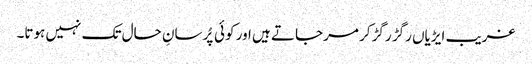
غریب ایڑیاں رگڑ رگڑ کر مرجاتے ہیں اور کوئی پُرسانِ حال تک نہیں ہوتا۔